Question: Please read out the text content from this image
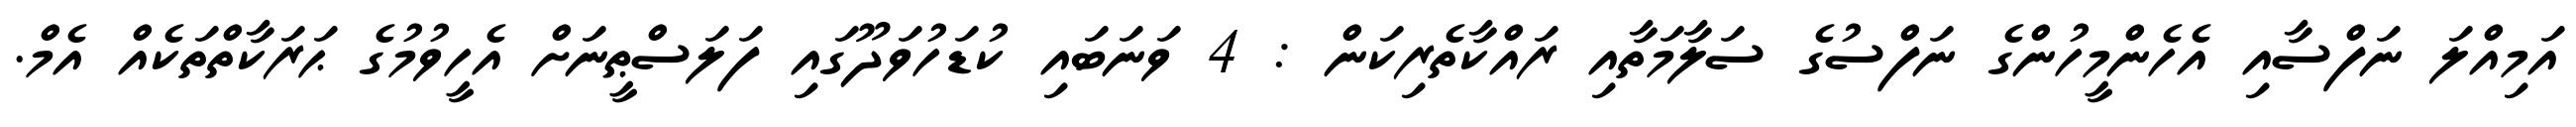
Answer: އަމިއްލަ ނަފްސާއި އެހެންމީހުންގެ ނަފްސުގެ ސަލާމަތާއި ރައްކާތެރިކަން : 4 ވަނަބައި ކުޑަހުވަދޫގައި ފަލަސްޠީނަށް އެހީވުމުގެ ޙަރަކާތްތަކެއް އެމް.